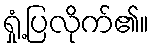
ရှုံ့ပြလိုက်၏။